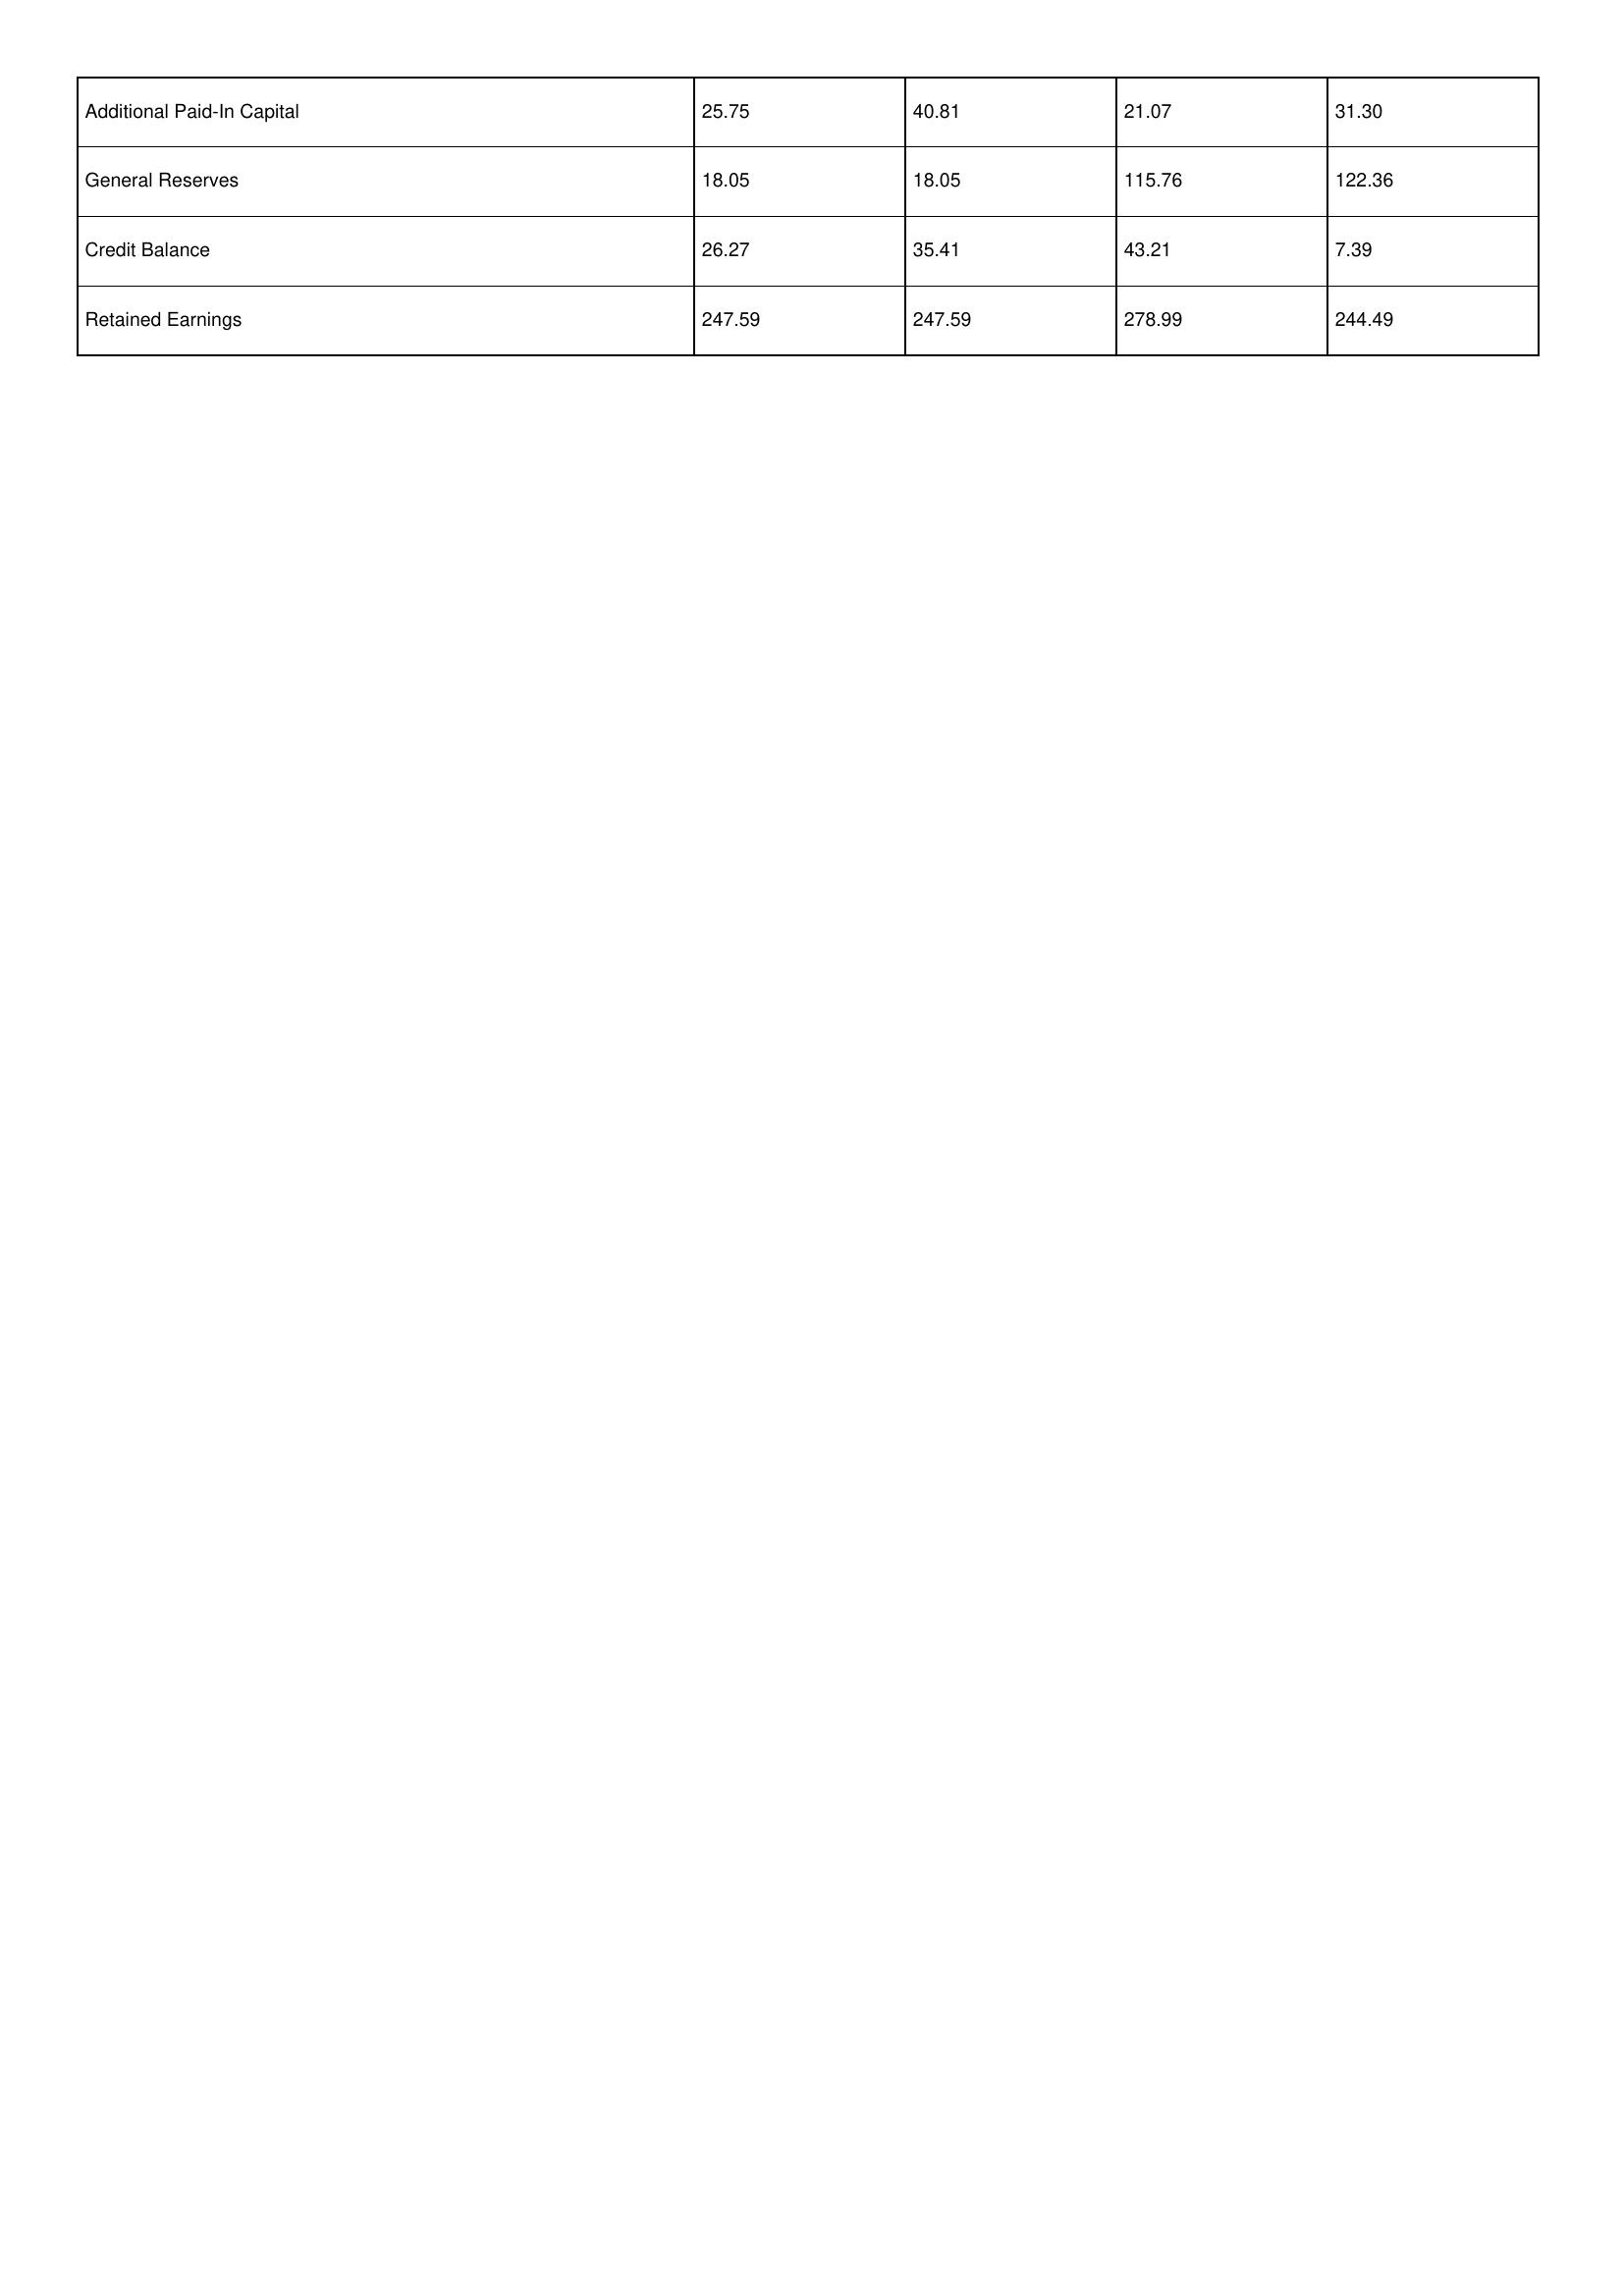
gt_parse: 2016: Additional Paid-In Capital: 25.75
General Reserves: 18.05
Credit Balance: 26.27
Retained Earnings: 247.59
2015: Additional Paid-In Capital: 40.81
General Reserves: 18.05
Credit Balance: 35.41
Retained Earnings: 247.59
2014: Additional Paid-In Capital: 21.07
General Reserves: 115.76
Credit Balance: 43.21
Retained Earnings: 278.99
2013: Additional Paid-In Capital: 31.30
General Reserves: 122.36
Credit Balance: 7.39
Retained Earnings: 244.49